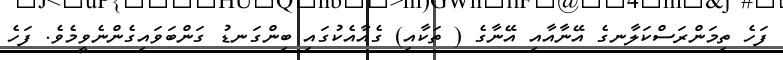
ފަހެ ތިމަންރަސްކަލާނގެ އޭނާއާއި އޭނާގެ ( ތަކާއި) ގެއާއެކުގައި ބިންގަނޑު ގަންބަވައިގެންނެވީމެވެ. ފަހެ